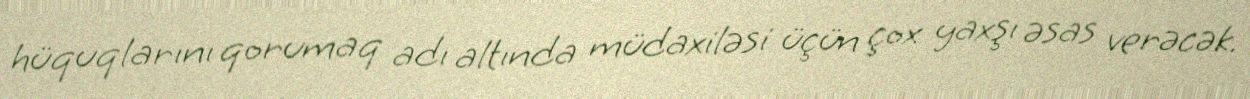
hüquqlarını qorumaq adı altında müdaxiləsi üçün çox yaxşı əsas verəcək.